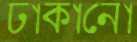
ঢাকানো